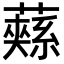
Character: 𮒚